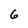
Character: 6